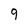
Character: 9